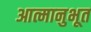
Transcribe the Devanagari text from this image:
आत्मानुभूत